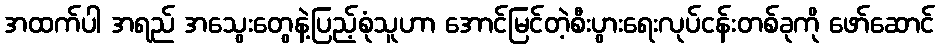
အထက်ပါ အရည် အသွေးတွေနဲ့ပြည့်စုံသူဟာ အောင်မြင်တဲ့စီးပွားရေးလုပ်ငန်းတစ်ခုကို ဖော်ဆောင်